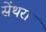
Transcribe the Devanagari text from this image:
सेंथरा